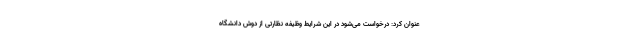
عنوان کرد: درخواست می‌شود در این شرایط وظیفه نظارتی از دوش دانشگاه